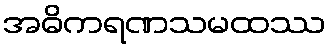
အဓိကရဏသမထဿ